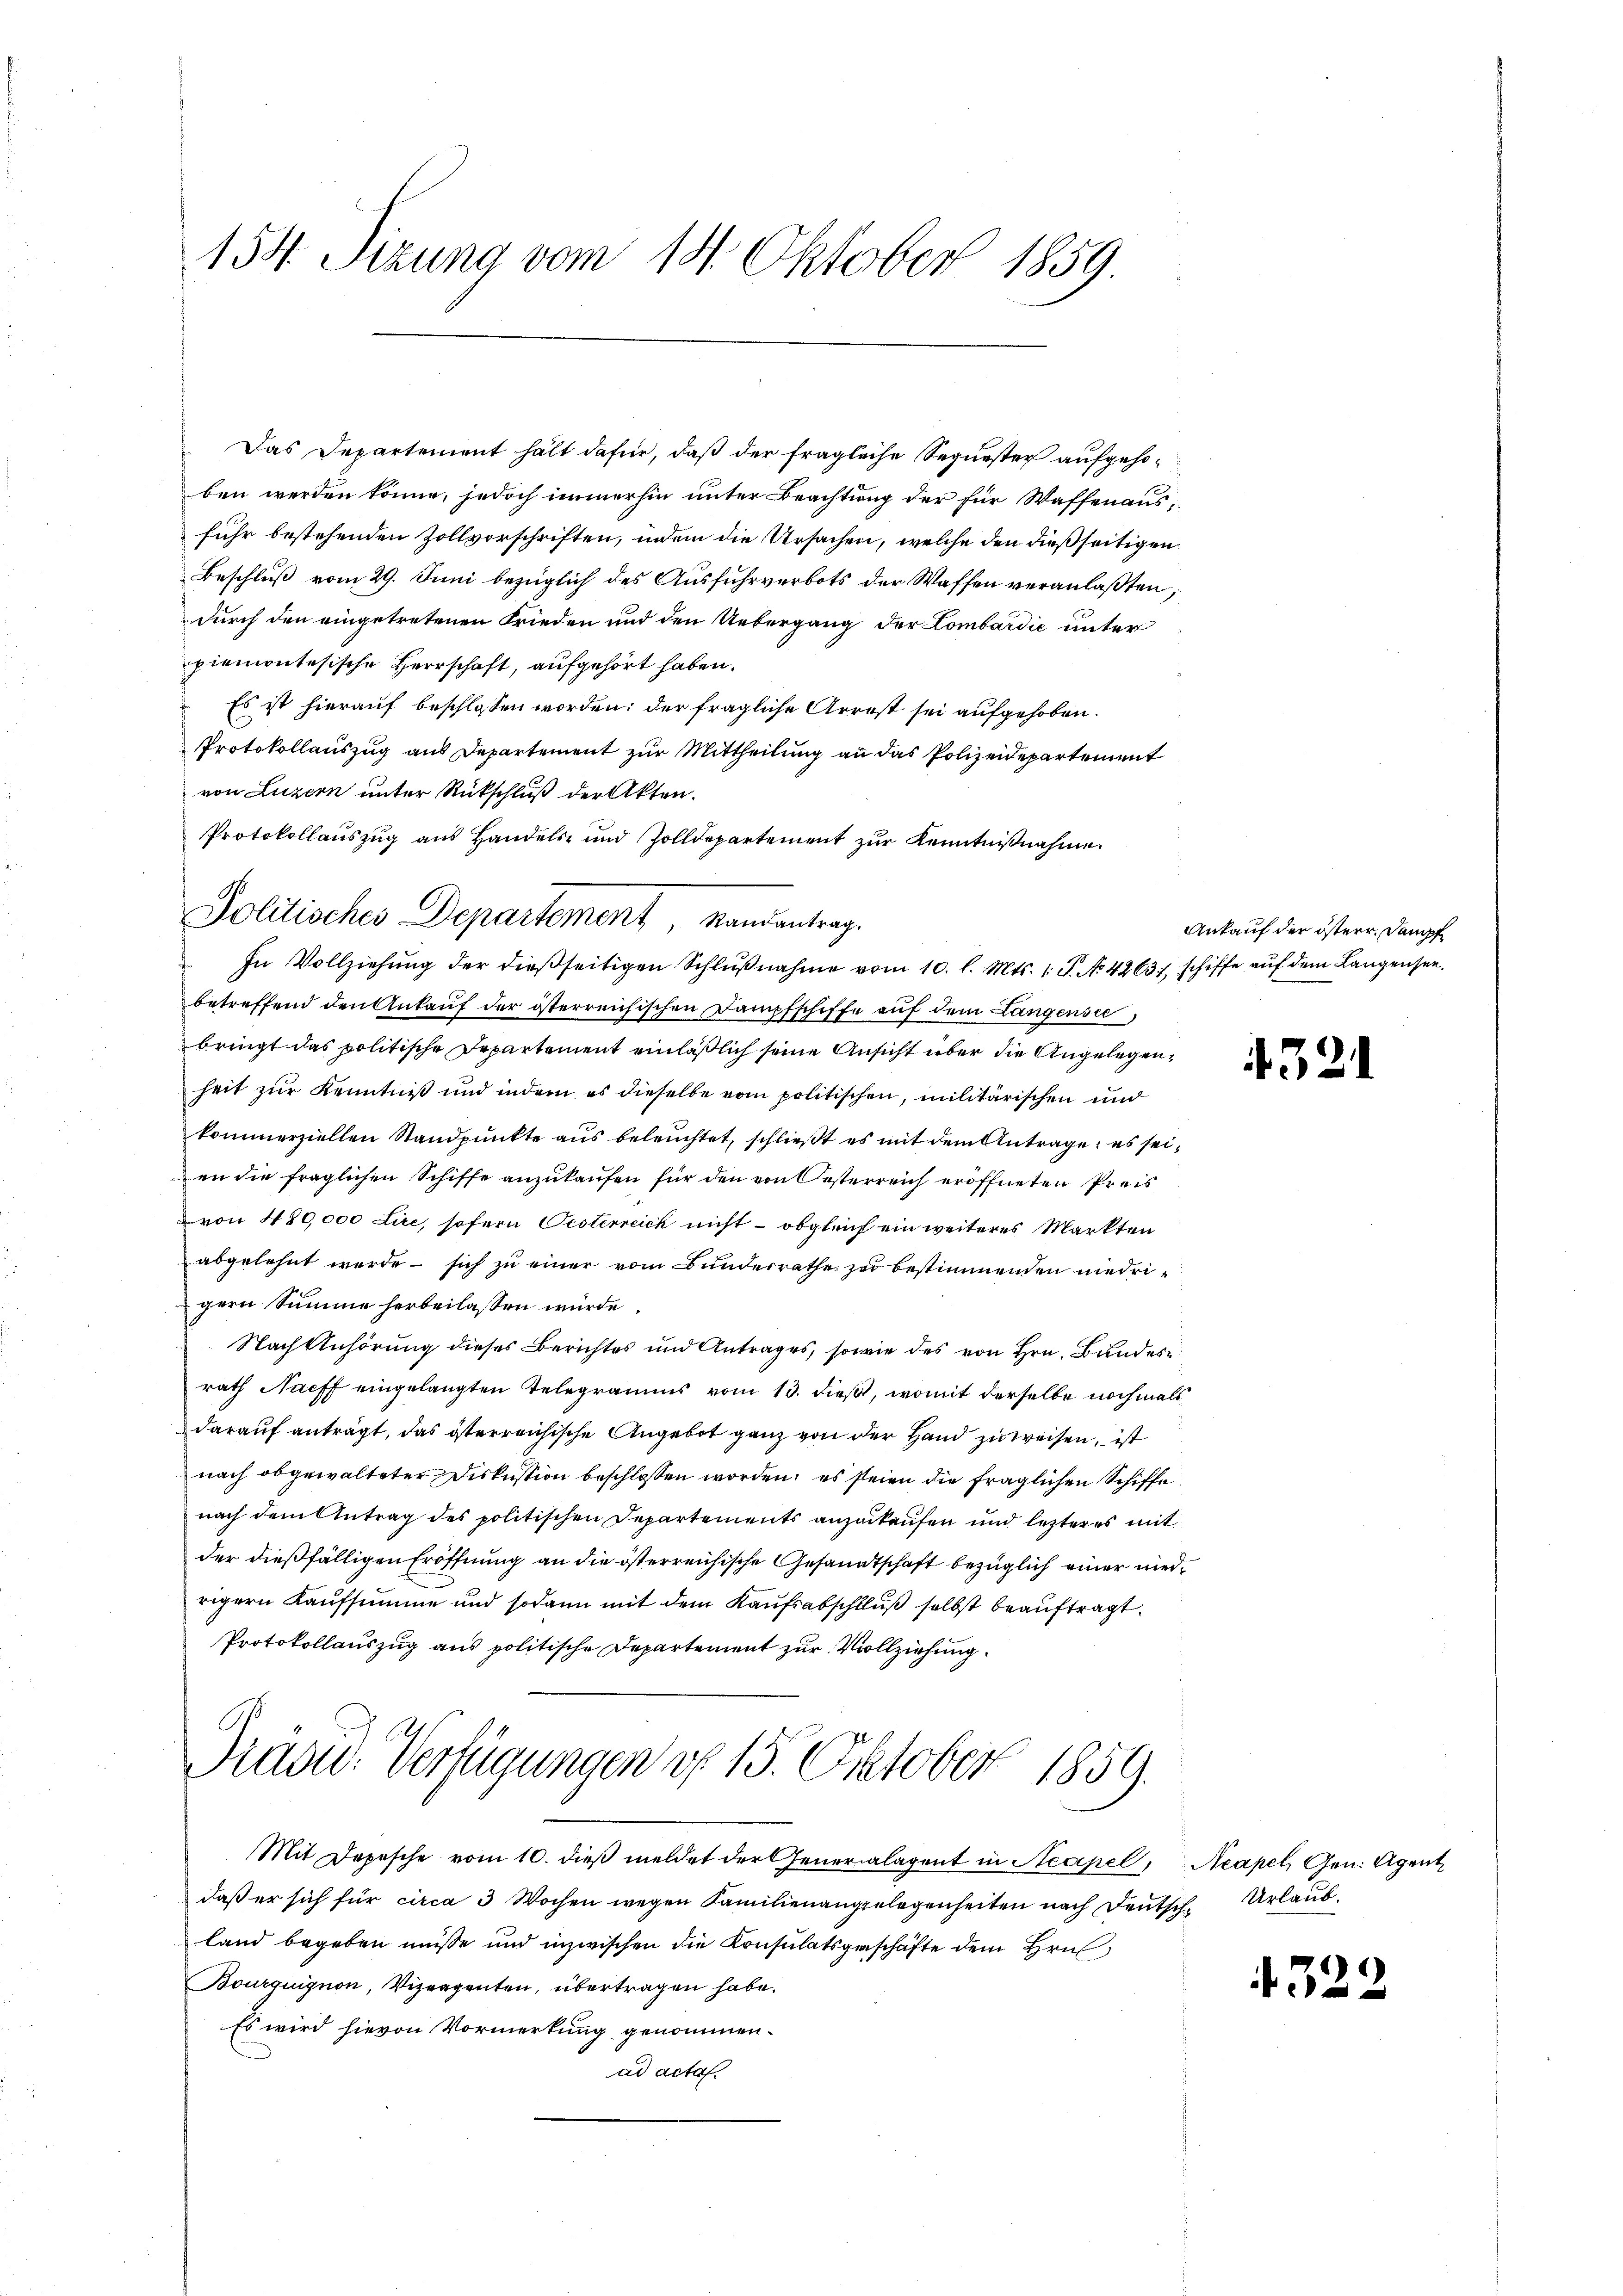
154. Sizung vom 14. Oktober 1859.

Das Departement hält dafür, daß der fragliche Sequester aufgehoben werden könne, jedoch immerhin unter Beachtung der für Waffen aus
fuhr bestehenden Zollvorschriften, indem die Ursachen, welche den dießseitigen
Beschluß vom 29. Juni bezüglich des Ausfuhrverbots der Waffen veranlaßten,
durch den eingetretenen Frieden und den Uebergang der Lombardić unter
piemontesische Herrschaft, aufgehört haben.
Es ist hierauf beschlossen worden; der fragliche Arrest sei aufgehoben.
Protokollauszug aus Departement zur Mittheilung an das Polizeidepartement
von Luzern unter Rückschluß der Akten.
Protokollauszug aus Handels- und Zolldepartement zŭr Kenntnißnahme.
In Vollziehung der dießseitigen Schlŭβnahme vom 10. l. Mts. 1. P. No 4263, schiffe auf dem Langenseebetreffend den Ankaŭf der österreichischen Dampfschiffe aŭf dem Langensie
bringt das politische Departement einläßlich seine Ansicht über die Angelegenheit zur Kenntniß und indem es dieselbe vom politischen, militärischen und
kommerziellen Standpunkte aus beleuchtet, schließt es mit dem Antrage, es seien die fraglichen Schiffe anzukaufen für den von Oesterreich eröffneten Preis
von 480,000 Lire, sofern Oesterreich nicht – obgleich ein weiteres Markten
abgelehnt werde sich zu einer vom Bundesrathe zu bestimmenden niedrigern Summe herbeilassen würde.
Nach Anhörung dieses Berichtes und Antrages, sowie des von Hrn. Bundes
rath Nacht eingelangten Telegramms vom 13. dieß, womit derselbe nochmals
darauf anträgt, das österreichische Angebot ganz von der Hand zu weisen, ist
nach obgewalteter Diskussion beschlossen worden; es seien die fraglichen Schiffe
nach dem Antrag des politischen Departements anzukaufen und lezteres mit
der dießfälligen Eröffnung an die österreichische Gesandtschaft bezüglich einer niedrigern Kaufsumme und sodann mit dem Kaufsabschluß selbst beauftragt.
Protokollauszug aus politische Departement zur Vollziehung.

Politisches Departement Randantrag.

Pradu. Verfügungen d. 15. Oktober 1859.

Mit Depesche vom 10. dieβ meldet der Generalagent in Neapel, Neapel, Gen. Agent
daß er sich für circa 3 Wochen wegen Familienangelegenheiten nach Deutsche Urlaubland begeben müsse und inzwischen die Konsulatsgeschäfte dem Hrn.
Bourquignon, Vizeagenten, übertragen habe.
Es wird hievon Vormerkung genommen.
ad actas.

Ankauf der österr. Dampf

521

4322